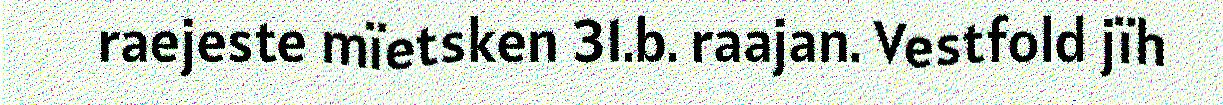
raejeste mïetsken 31.b. raajan. Vestfold jïh